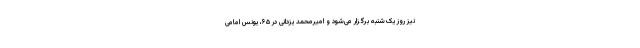
نیز روز یک‌شنبه برگزار می‌شود و امیرمحمد یزدانی در ۶۵، یونس امامی